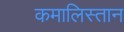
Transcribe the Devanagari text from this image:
कमालिस्तान